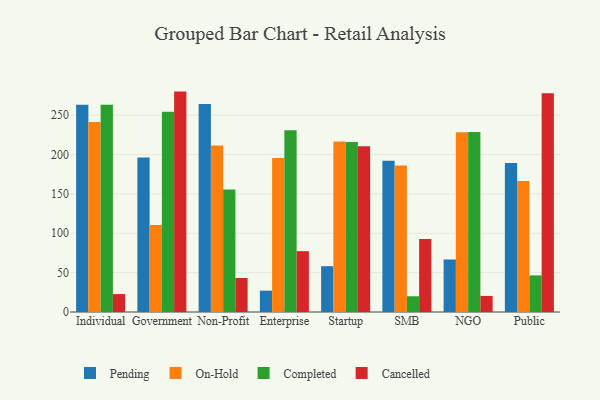
{"axis": {"x": "Segment", "y": "Conversion Rate (%)"}, "legend": ["Cancelled", "Completed", "On-Hold", "Pending"], "data": [{"x": "Individual", "y": 263.2, "type": "Pending"}, {"x": "Individual", "y": 241.3, "type": "On-Hold"}, {"x": "Individual", "y": 263.4, "type": "Completed"}, {"x": "Individual", "y": 22.8, "type": "Cancelled"}, {"x": "Government", "y": 196.4, "type": "Pending"}, {"x": "Government", "y": 110.6, "type": "On-Hold"}, {"x": "Government", "y": 254.4, "type": "Completed"}, {"x": "Government", "y": 280.0, "type": "Cancelled"}, {"x": "Non-Profit", "y": 264.4, "type": "Pending"}, {"x": "Non-Profit", "y": 211.6, "type": "On-Hold"}, {"x": "Non-Profit", "y": 155.5, "type": "Completed"}, {"x": "Non-Profit", "y": 43.2, "type": "Cancelled"}, {"x": "Enterprise", "y": 27.1, "type": "Pending"}, {"x": "Enterprise", "y": 195.6, "type": "On-Hold"}, {"x": "Enterprise", "y": 230.8, "type": "Completed"}, {"x": "Enterprise", "y": 77.3, "type": "Cancelled"}, {"x": "Startup", "y": 58.2, "type": "Pending"}, {"x": "Startup", "y": 216.5, "type": "On-Hold"}, {"x": "Startup", "y": 216.0, "type": "Completed"}, {"x": "Startup", "y": 210.6, "type": "Cancelled"}, {"x": "SMB", "y": 192.3, "type": "Pending"}, {"x": "SMB", "y": 186.2, "type": "On-Hold"}, {"x": "SMB", "y": 20.0, "type": "Completed"}, {"x": "SMB", "y": 92.8, "type": "Cancelled"}, {"x": "NGO", "y": 66.7, "type": "Pending"}, {"x": "NGO", "y": 228.2, "type": "On-Hold"}, {"x": "NGO", "y": 228.8, "type": "Completed"}, {"x": "NGO", "y": 20.4, "type": "Cancelled"}, {"x": "Public", "y": 189.2, "type": "Pending"}, {"x": "Public", "y": 166.5, "type": "On-Hold"}, {"x": "Public", "y": 46.5, "type": "Completed"}, {"x": "Public", "y": 277.8, "type": "Cancelled"}]}